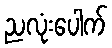
ညလုံးပေါက်